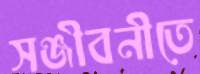
সঞ্জীবনীতে